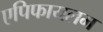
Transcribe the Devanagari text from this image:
एपिफायलम